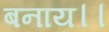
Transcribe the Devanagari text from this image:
बनाय।।